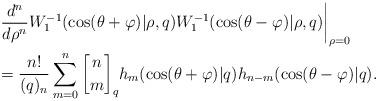
LaTeX: \begin{align*}& \left. \frac{d^{n}}{d\rho^{n}}W_{1}^{-1}(\cos(\theta+\varphi)|\rho,q)W_{1}^{-1}(\cos(\theta-\varphi)|\rho,q)\right\vert _{\rho=0}\\& =\frac{n!}{(q)_{n}}\sum_{m=0}^{n}\genfrac{[}{]}{0pt}{}{n}{m}_{q}h_{m}(\cos(\theta+\varphi)|q)h_{n-m}(\cos(\theta-\varphi)|q).\end{align*}